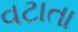
વટાતા